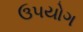
ઉ૫યોગ